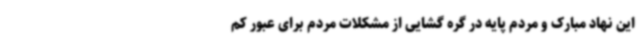
این نهاد مبارک و مردم پایه در گره گشایی از مشکلات مردم برای عبور کم